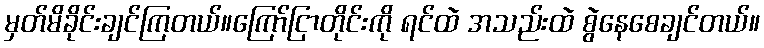
မှတ်မိခိုင်းချင်ကြတယ်။ကြော်ငြာတိုင်းကို ရင်ထဲ အသည်းထဲ စွဲနေစေချင်တယ်။